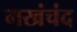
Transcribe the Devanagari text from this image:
मखंचंद